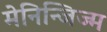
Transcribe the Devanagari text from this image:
मेनिन्जिज्म